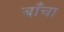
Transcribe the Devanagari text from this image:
बाँचा